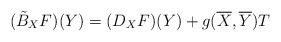
LaTeX: \begin{align*}(\tilde{B}_{X}F)(Y)=(D_X{F})(Y)+g(\overline{X},\overline{Y})T\end{align*}